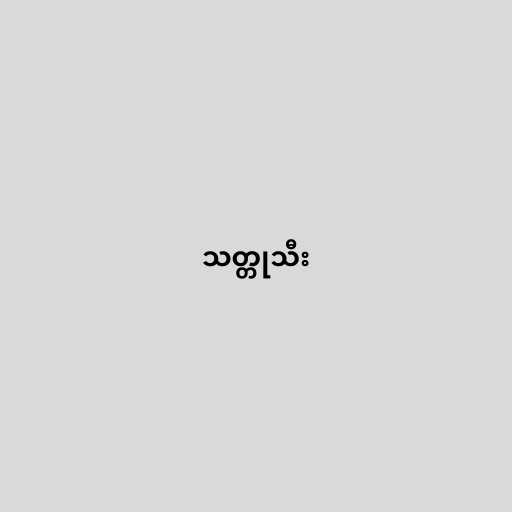
သတ္တုသီး